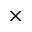
\times